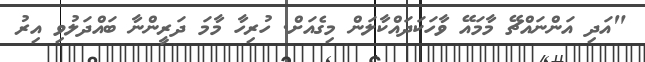
"އަދި އަންނައްޗޭ މާމައޭ ވާހަކަދައްކާލަން މިގެއަށް. ހުރިހާ މާމަ ދަރީންނާ ބައްދަލުވި އިރު